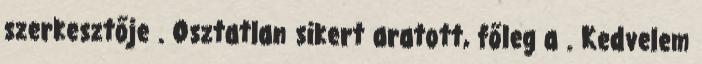
szerkesztője . Osztatlan sikert aratott, főleg a . Kedvelem